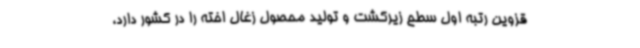
قزوین رتبه اول سطح زیرکشت و تولید محصول زغال اخته را در کشور دارد،